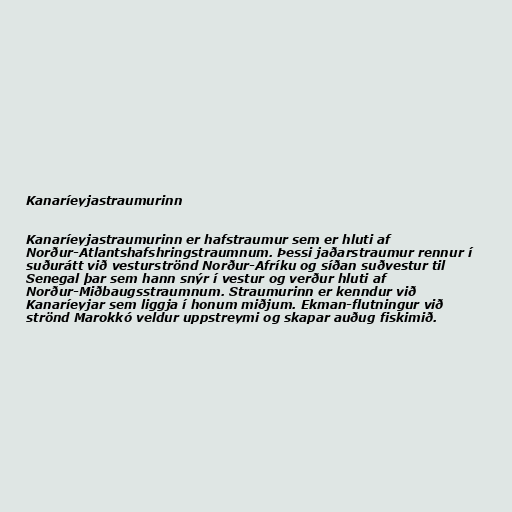
Kanaríeyjastraumurinn

Kanaríeyjastraumurinn er hafstraumur sem er hluti af
Norður-Atlantshafshringstraumnum. Þessi jaðarstraumur rennur í
suðurátt við vesturströnd Norður-Afríku og síðan suðvestur til
Senegal þar sem hann snýr í vestur og verður hluti af
Norður-Miðbaugsstraumnum. Straumurinn er kenndur við
Kanaríeyjar sem liggja í honum miðjum. Ekman-flutningur við
strönd Marokkó veldur uppstreymi og skapar auðug fiskimið.